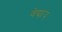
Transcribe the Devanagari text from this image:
वेद्याय